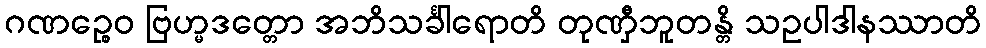
ဂဏဉ္စေဝ ဗြဟ္မဒတ္တော အဘိသင်္ခါရောတိ တုဏှီဘူတန္တိ သဥပါဒါနဿာတိ